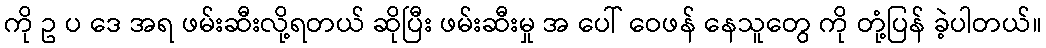
ကို ဥ ပ ဒေ အရ ဖမ်းဆီးလို့ရတယ် ဆိုပြီး ဖမ်းဆီးမှု အ ပေါ် ဝေဖန် နေသူတွေ ကို တုံ့ပြန် ခဲ့ပါတယ်။